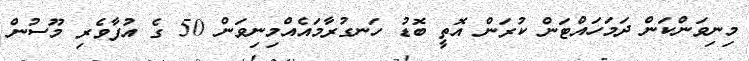
މިނިވަންކަން ދަމަހައްޓަން ކުރަން އޮތީ ބޮޑު ހަނގުރާމައެއްމިނިވަން 50 ގެ އުފާވެރި މޫސުން